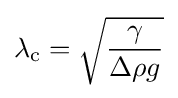
\lambda _{\rm {c}}={\sqrt {\frac {\gamma }{\Delta \rho g}}}